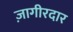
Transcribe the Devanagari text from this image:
ज़ागीरदार